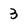
Character: 3